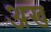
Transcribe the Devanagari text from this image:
अख